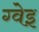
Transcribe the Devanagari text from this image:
ग्वेइ